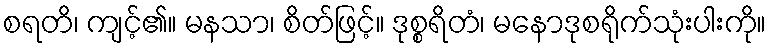
စရတိ၊ ကျင့်၏။ မနသာ၊ စိတ်ဖြင့်။ ဒုစ္စရိတံ၊ မနောဒုစရိုက်သုံးပါးကို။